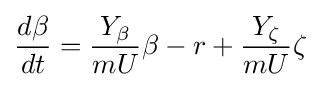
{\frac {d\beta }{dt}}={\frac {Y_{\beta }}{mU}}\beta -r+{\frac {Y_{\zeta }}{mU}}\zeta